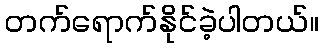
တက်ရောက်နိုင်ခဲ့ပါတယ်။